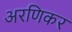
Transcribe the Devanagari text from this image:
अरणिकर